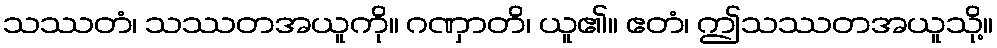
သဿတံ၊ သဿတအယူကို။ ဂဏှာတိ၊ ယူ၏။ ဧတံ၊ ဤသဿတအယူသို့။